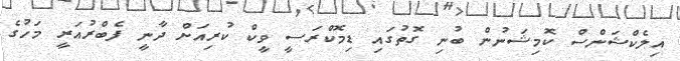
އިލެކްޝަންސް ކޮމިޝަނުން ބުނި ގޮތުގައި ޑިމޮކްރަސީ ވީކް ކުރިއަށް ދާނީ ފެބްރުއަރީ މަހުގެ